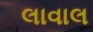
લાવાલ